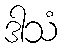
ဒါသံ